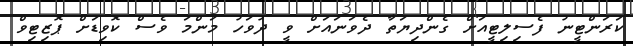
ކަރަންޓީނު ފެސިލިޓީއަށް ގެންދިޔަތާ ދެވަނައަށް ވީ ދުވަހު މަންމަ ވެސް ކޮވިޑަށް ޕޮޒިޓިވް